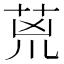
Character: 𮏇